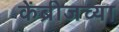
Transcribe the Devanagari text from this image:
केंब्रीजच्या